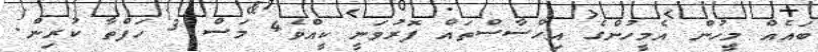
ބައެއް މީހުން އެމީހުންގެ އިހްސާސްތައް ފޮރުވަނީ ކީއްވެ4 މަސް 3 ހަފްތާ ކުރިން.